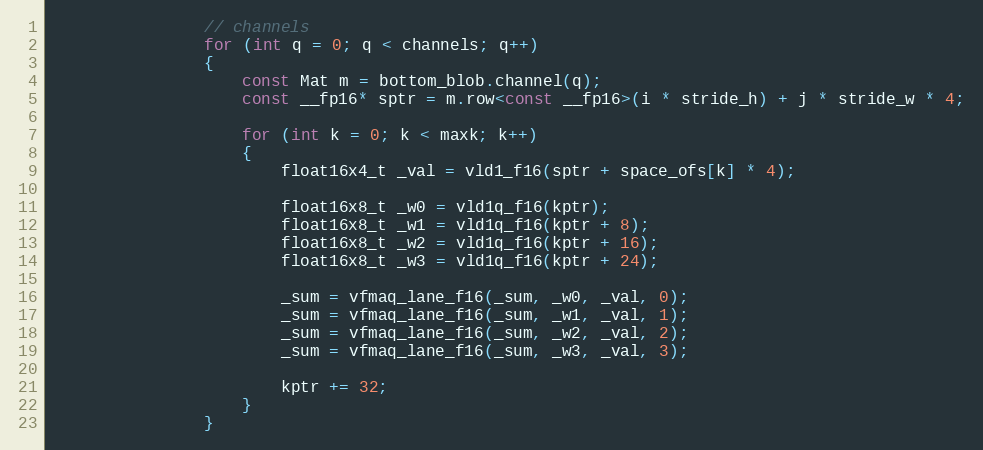
Language: C
                // channels
                for (int q = 0; q < channels; q++)
                {
                    const Mat m = bottom_blob.channel(q);
                    const __fp16* sptr = m.row<const __fp16>(i * stride_h) + j * stride_w * 4;

                    for (int k = 0; k < maxk; k++)
                    {
                        float16x4_t _val = vld1_f16(sptr + space_ofs[k] * 4);

                        float16x8_t _w0 = vld1q_f16(kptr);
                        float16x8_t _w1 = vld1q_f16(kptr + 8);
                        float16x8_t _w2 = vld1q_f16(kptr + 16);
                        float16x8_t _w3 = vld1q_f16(kptr + 24);

                        _sum = vfmaq_lane_f16(_sum, _w0, _val, 0);
                        _sum = vfmaq_lane_f16(_sum, _w1, _val, 1);
                        _sum = vfmaq_lane_f16(_sum, _w2, _val, 2);
                        _sum = vfmaq_lane_f16(_sum, _w3, _val, 3);

                        kptr += 32;
                    }
                }